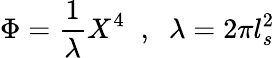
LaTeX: \Phi=\frac{1}{\lambda}X^{4}\; \; ,\; \; \lambda=2\pi l_{s}^{2}